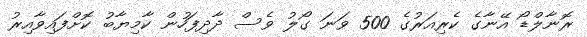
ރޮނާލްޑޯ އޭނާގެ ކެރިއަރުގެ 500 ވަނަ ގޯލު ވެސް ދާދިފަހުން ކާމިޔާބު ކޮށްފައިވާއިރު